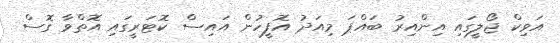
އަވިކް ޖޯލީގައި އިންއިރު ބައްޕަ މިއަދު އޮފީހުން އައިސް ކޮޓަރީގައި އޮތްވާ ގޮސް